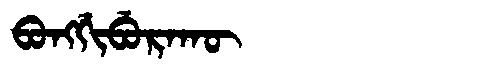
Manchu: ᠪᠣᠩᡤᡳᠪᡠᡵᠠᡴᡡ
Romanization: BONGGIBURAKŪ